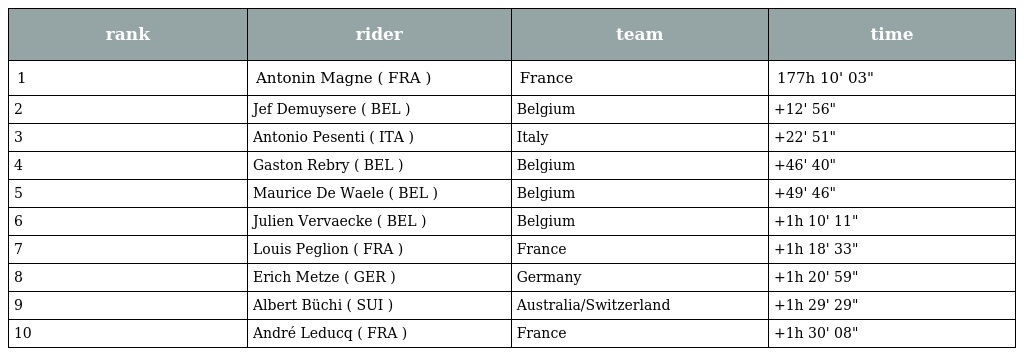
| rank | rider | team | time |
 | --- | --- | --- | --- |
 | 1 | Antonin Magne ( FRA ) | France | 177h 10' 03" |
 | 2 | Jef Demuysere ( BEL ) | Belgium | +12' 56" |
 | 3 | Antonio Pesenti ( ITA ) | Italy | +22' 51" |
 | 4 | Gaston Rebry ( BEL ) | Belgium | +46' 40" |
 | 5 | Maurice De Waele ( BEL ) | Belgium | +49' 46" |
 | 6 | Julien Vervaecke ( BEL ) | Belgium | +1h 10' 11" |
 | 7 | Louis Peglion ( FRA ) | France | +1h 18' 33" |
 | 8 | Erich Metze ( GER ) | Germany | +1h 20' 59" |
 | 9 | Albert Büchi ( SUI ) | Australia/Switzerland | +1h 29' 29" |
 | 10 | André Leducq ( FRA ) | France | +1h 30' 08" |